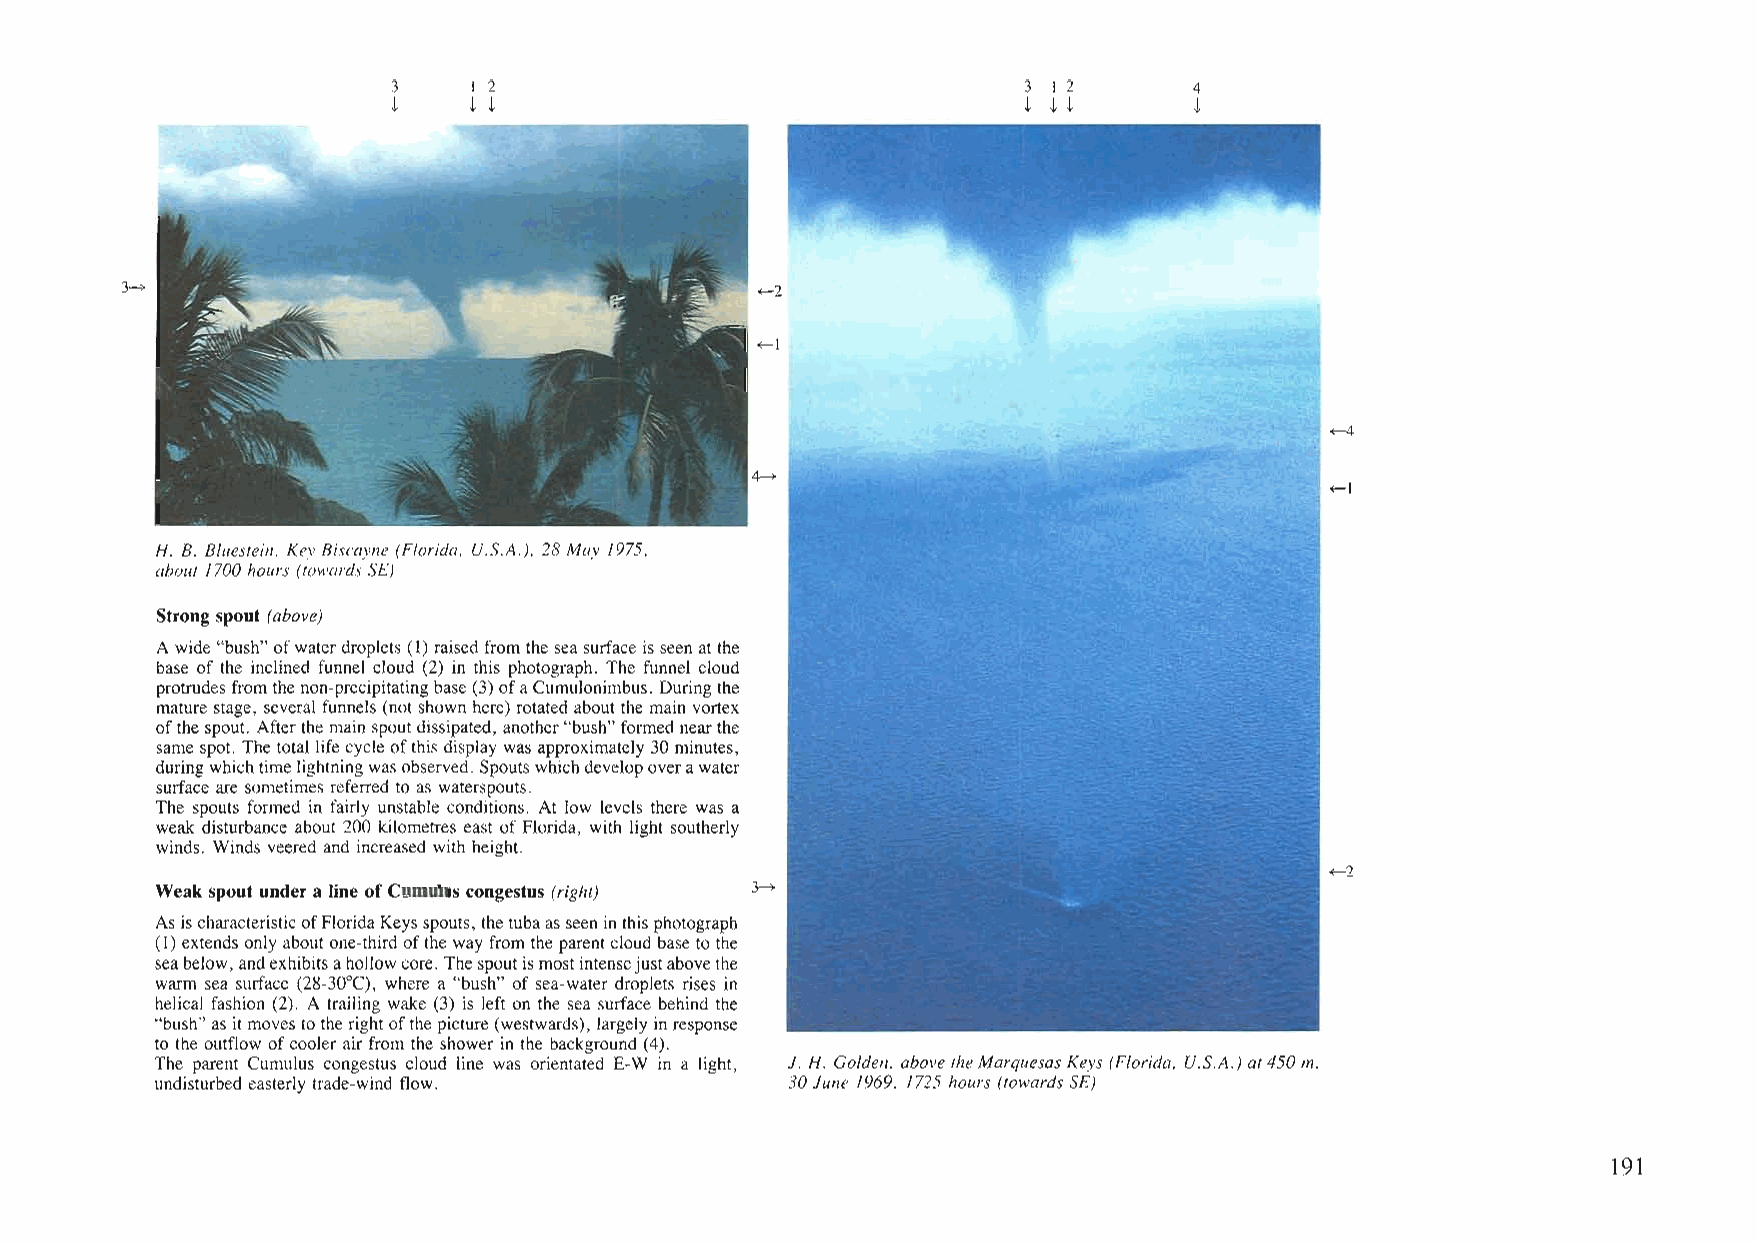
3    I 2                                  3 12       4
 t    t t                                  t t t      t
 3~                                        <,-2
 <'-1
 <,-4
 ~
 <,-1
 H. B. Bluestein, Key Biscayne (Florida, U.S.A.), 28 May 1975,
 about 1700 hours (towards SE)
 Strong spout (above)
 Awide"bush"ofwaterdroplets (1) raisedfrom theseasurfaceis seenat the
 base of the inclined funnel cloud (2) in this photograph. The funnel cloud
 protrudesfrom thenon-precipitatingbase(3)ofaCumulonimbus. Duringthe
 mature stage, several funnels (not shown here) rotated about the main vortex
 ofthespout. Afterthe mainspoutdissipated, another"bush"formed nearthe
 same spot. Thetotal lifecycleofthis display wasapproximately 30minutes,
 duringwhichtimelightningwasobserved. Spoutswhichdevelopoverawater
 surface are sometimes referred to as waterspouts.
 The spouts formed in fairly unstable conditions. At low levels there was a
 weak disturbance about 200 kilometres east of Florida, with light southerly
 winds. Winds veered and increased with height.
 <'-2
 Weak spout under a line ofCumulus congestus (right) 3~
 AsischaracteristicofFloridaKeysspouts,thetubaasseeninthisphotograph
 (1)extends only about one-third ofthe wayfrom the parentcloud basetothe
 seabelow,andexhibitsahollowcore. Thespoutismostintensejustabovethe
 warm sea surface (28-30°C), where a "bush" of sea-water droplets rises in
 helical fashion (2). A trailing wake (3) is left on the sea surface behind the
 "bush"as itmovesto therightofthepicture(westwards), largelyinresponse
 to the outflow ofcooler airfrom the shower in the background (4).
 The parent Cumulus congestus cloud line was orientated E-W in a light, J. H. Golden, abovetheMarquesas Keys (Florida, U.s.A.) at450rn,
 undisturbed easterly trade-wind flow.     30June 1969, 1725 hours (towards SE)
 191